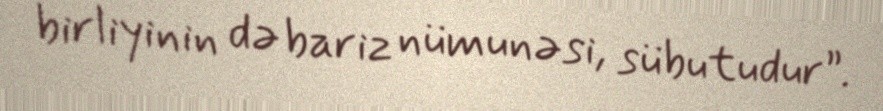
birliyinin də bariz nümunəsi, sübutudur”.